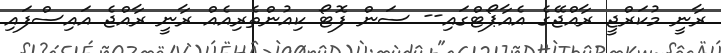
ރާނީ މުކަރްޖީ ރާއްޖޭގެ އެއާޕޯޓްގައި-- ސަން ފޮޓޯ ކިއުންތެރިއެއް ރާނީ ރާއްޖެ އައިސްފައި